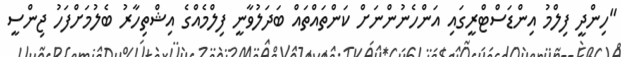
"ހިންދީ ފިލްމު އިންޑަސްޓްރީގައި އަންހެނުންނަށް ކަންތައްތައް ބަދަލުވާނީ ފިލްމެއްގެ އިޝްތިހާރު ބެލުމަށްފަހު ޖިންސީ